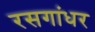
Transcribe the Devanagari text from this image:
रसगांधर